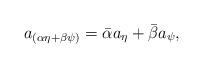
LaTeX: \begin{align*}a_{(\alpha\eta+\beta\psi)}=\bar{\alpha}a_\eta+\bar{\beta}a_\psi,\end{align*}